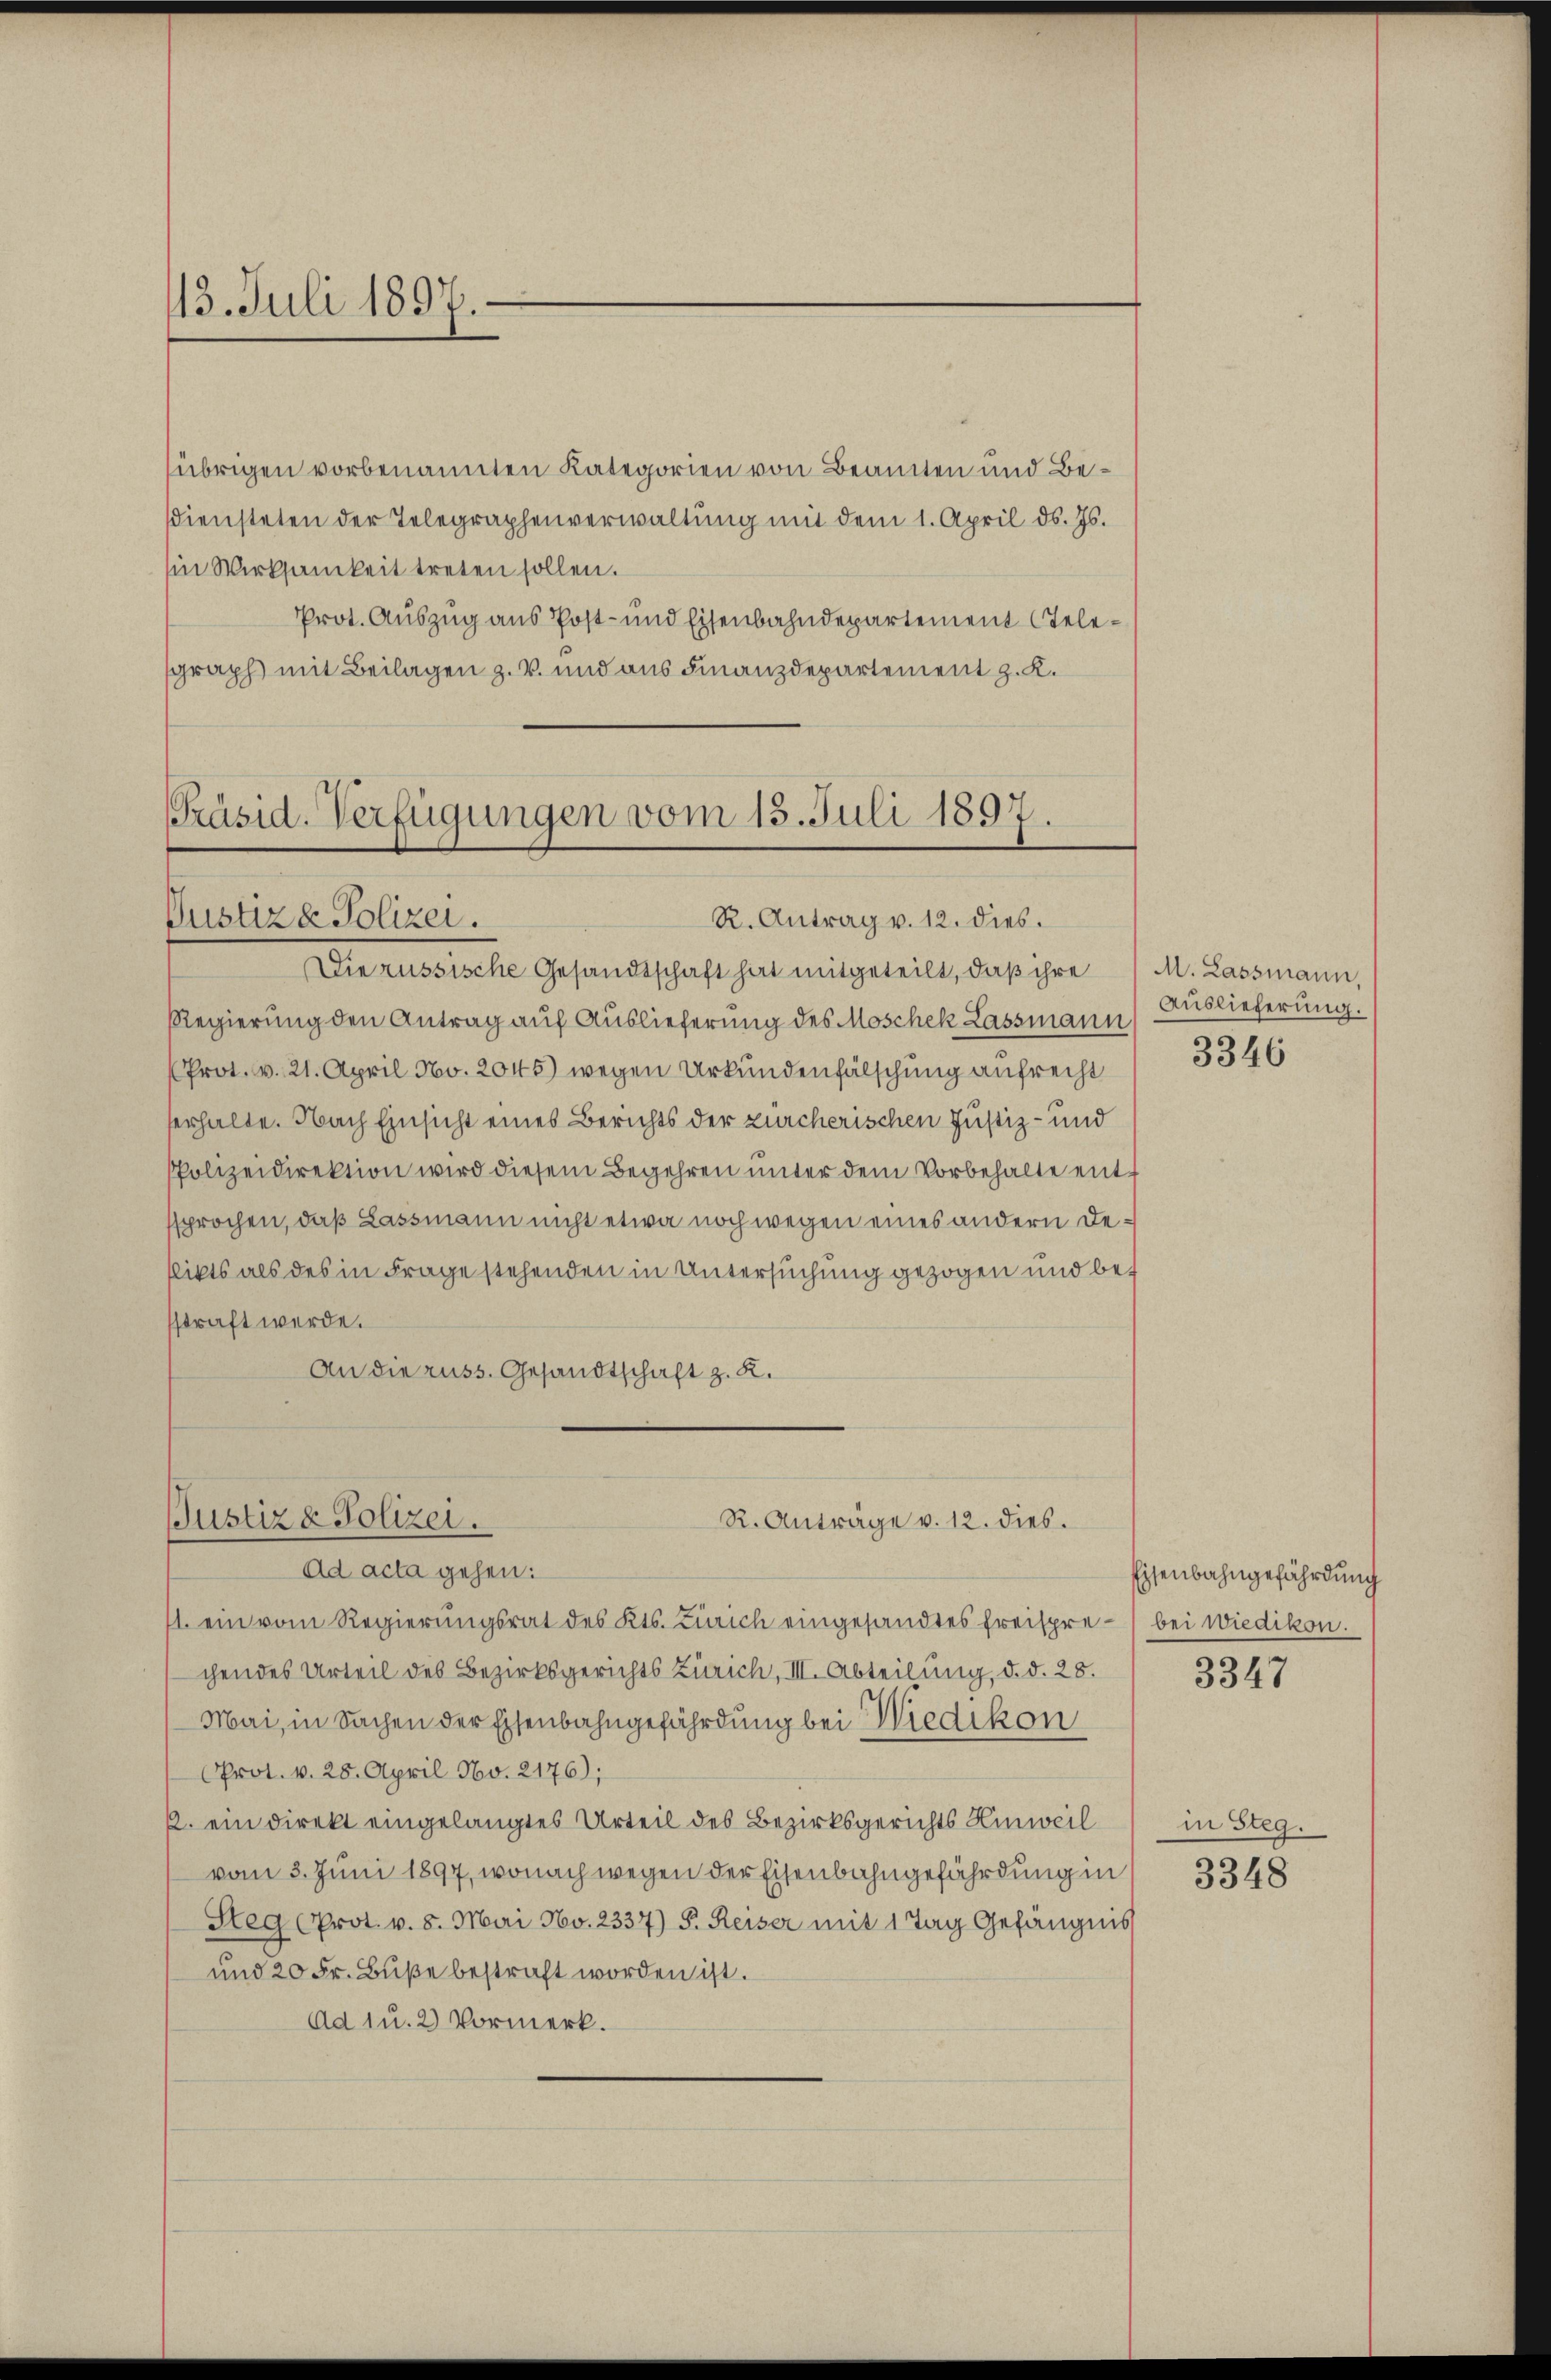
(übrigen vorbenannten Kategorien von Beamten und Beddiensteten der Telegraphenverwaltŭng mit dem 1. April d. Js.
Ein Wirksamkeit treten sollen.
Prot. Auszug aus Post- und Eisenbahndepartement telegraph mit Beilagen z. B. und aus Finanzdepartement z. K.

13. Juli 1897.

Präsid. Verfügungen vom 13. Juli 1897.
Justiz & Polizei.
R. Antrag v. 12. dies.

Die russische Gesandtschaft hat mitgeteilt, daß ihre
Regierung den Antrag auf Auslieferung des Moschek Lassmann
(Prot. v. 21. April No. 2045) wegen Urkundenfälschung aufrecht
serhalte. Nach Einsicht eines Berichts der zürcherischen Justiz- und
PPolizeidirektion wird diesem Begehren unter dem Vorbehalte entssprochen, daß Lassmann nicht etwa noch wegen eines andern Deflikts als des in Frage stehenden in Untersuchung gezogen und bet
sstraft werde.
An die russ. Gesandtschaft z. R.

Justiz & Polizei.
R. Anträge v. 12. dies.
ad acta gehen:

1. ein vom Regierŭngsrat des Kts. Zürich eingesandtes freispre- bei Wiedikon.
chendes Urteil des Bezirksgerichts Zürich, III. Abteilung, d. d. 28.
Mai, in Sachen der Eisenbahngefährdung bei Wiedikon
Prot. v. 28. April No. 2176);
p. ein direkt eingelangtes Urteil des Bezirksgerichts Hinweil
vom 3. Juni 1897, wonach wegen der Eisenbahngefährdung in
Steg (Prot. v. 8. Mai No. 2337) P. Reiser mit 1 Tag Gefängnis
und 20 Fr. Buße bestraft worden ist.
Ad 1 u. 2 Vormerk.

M. Lassmann,
Auslieferung.
3346

Eisenbahngefährdung

3347

in Steg.
3348